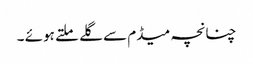
چنانچہ میڈم سے گلے ملتے ہوئے ۔